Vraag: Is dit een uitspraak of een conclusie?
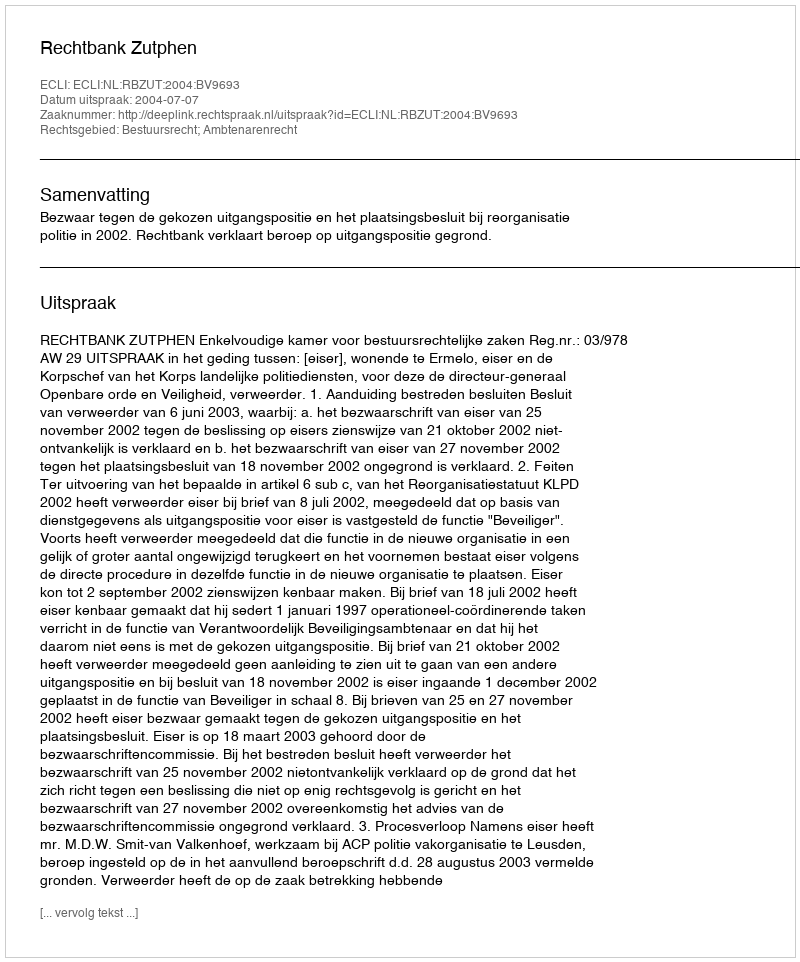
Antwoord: Uitspraak